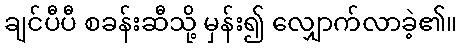
ချင်ပီပီ စခန်းဆီသို့ မှန်း၍ လျှောက်လာခဲ့၏။